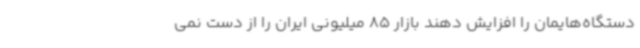
دستگاه‌هایمان را افزایش دهند بازار 85 میلیونی ایران را از دست نمی